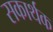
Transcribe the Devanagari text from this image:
सकार्थक